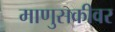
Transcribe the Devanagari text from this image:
माणुसकीवर